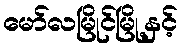
မော်လမြိုင်မြို့နှင့်